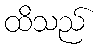
ထိသည်